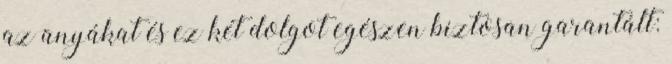
az anyákat és ez két dolgot egészen biztosan garantált: